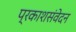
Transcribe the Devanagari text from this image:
प्रकाशसंवेदन